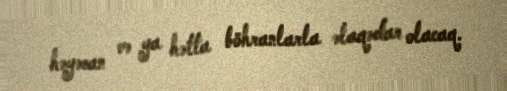
həyəcan və ya hətta böhranlarla əlaqədar olacaq.